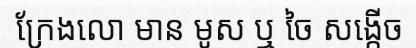
ក្រែងលោ មាន មូស ឬ ចៃ សង្កើច